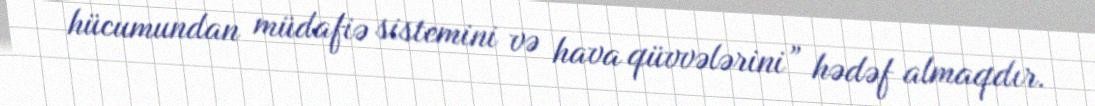
hücumundan müdafiə sistemini və hava qüvvələrini” hədəf almaqdır.